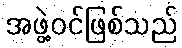
အဖွဲ့ဝင်ဖြစ်သည်